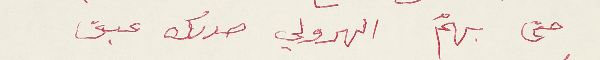
حتى بهمّ الهرولي صدرك عبق